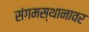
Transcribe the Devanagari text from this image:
संगमस्थानावर